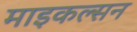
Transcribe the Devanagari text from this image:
माइकल्सन